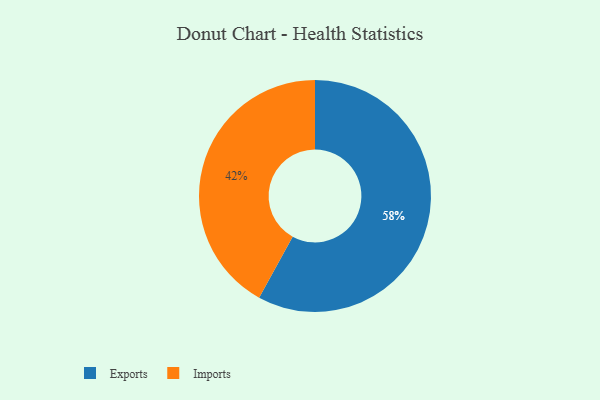
{"axis": {"x": "Category", "y": "Percentage"}, "legend": ["Exports", "Imports"], "data": [{"x": "Imports", "y": 42, "type": "Imports"}, {"x": "Exports", "y": 58, "type": "Exports"}]}